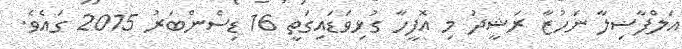
އަލްފާޟިލާ ނަހުޒާ ރަޝީދު މި އޮފީހާ ގުޅިވަޑައިގަތީ 16 ޑިސެންބަރު 2015 ގައެވެ.